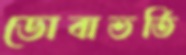
ডোবাভর্তি